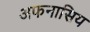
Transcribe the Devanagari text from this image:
अफनासिय